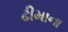
ઢીમાના